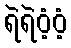
ရဲရဲဝံ့ဝံ့